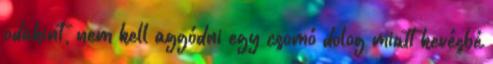
odakint, nem kell aggódni egy csomó dolog miatt kevésbé